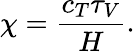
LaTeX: \chi=\frac{c_{T}\tau_{V}}{H}.